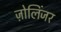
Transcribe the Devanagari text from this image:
ज़ोलिंजर